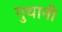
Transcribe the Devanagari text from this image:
गुथानी